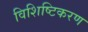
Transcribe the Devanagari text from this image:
विशिष्टिकरण